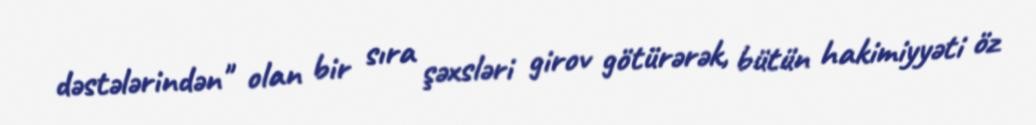
dəstələrindən" olan bir sıra şəxsləri girov götürərək, bütün hakimiyyəti öz